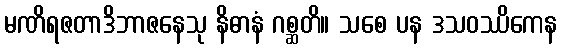
မဏိရဇတာဒိဘာဇနေသု နိဓာနံ ဂစ္ဆတိ။ သစေ ပန ဒသဝဿိကေန